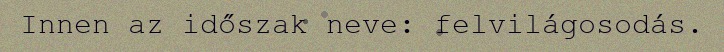
Innen az időszak neve: felvilágosodás.